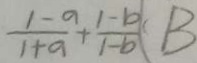
\frac { 1 - a } { 1 + a } + \frac { 1 - b } { 1 - b } ( B